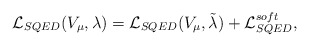
\begin{align*}{\cal L}_{SQED}(V_{\mu},\lambda)={\cal L}_{SQED}(V_{\mu}, \tilde\lambda) +{\cal L}_{SQED}^{soft},\end{align*}